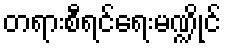
တရားစီရင်ရေးမဏ္ဍိုင်